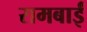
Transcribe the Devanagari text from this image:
रामबाईं